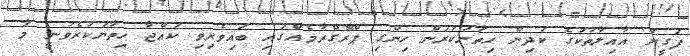
ފަގީރު އާއިލާތަކުގެ ކުދިން ހިތާނުކުރަން ހިންގި ޕްރޮގްރާމެއްގައި ބައިވެރިވި ކުއްޖާ ހިތާނުކުރެވުނީ މާ